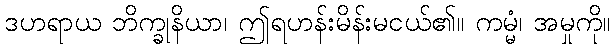
ဒဟရာယ ဘိက္ခုနိယာ၊ ဤရဟန်းမိန်းမငယ်၏။ ကမ္မံ၊ အမှုကို။